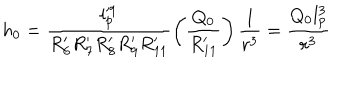
h _ { 0 } = \frac { l _ { p } ^ { \prime 9 } } { R _ { 6 } ^ { \prime } R _ { 7 } ^ { \prime } R _ { 8 } ^ { \prime } R _ { 9 } ^ { \prime } R _ { 1 1 } ^ { \prime } } \left( \frac { Q _ { 0 } } { R _ { 1 1 } ^ { \prime } } \right) \frac { 1 } { r ^ { 3 } } = \frac { Q _ { 0 } l _ { p } ^ { 3 } } { r ^ { 3 } }